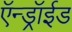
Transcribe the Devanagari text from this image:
ऍन्ड्रॉईड